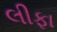
લીફા